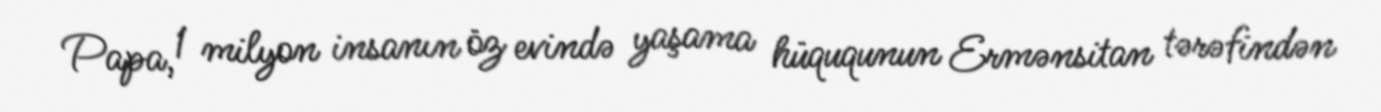
Papa, 1 milyon insanın öz evində yaşama hüququnun Ermənsitan tərəfindən